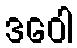
ဒဝေါ